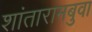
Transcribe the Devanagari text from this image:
शांतारामबुवा